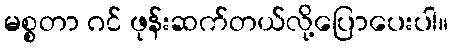
မစ္စတာ ဂင် ဖုန်းဆက်တယ်လို့ပြောပေးပါ။